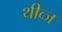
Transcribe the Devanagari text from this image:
थीव्ज